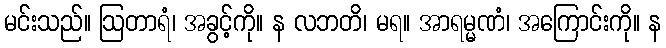
မင်းသည်။ ဩတာရံ၊ အခွင့်ကို။ န လဘတိ၊ မရ။ အာရမ္မဏံ၊ အကြောင်းကို။ န